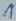
Text: 1